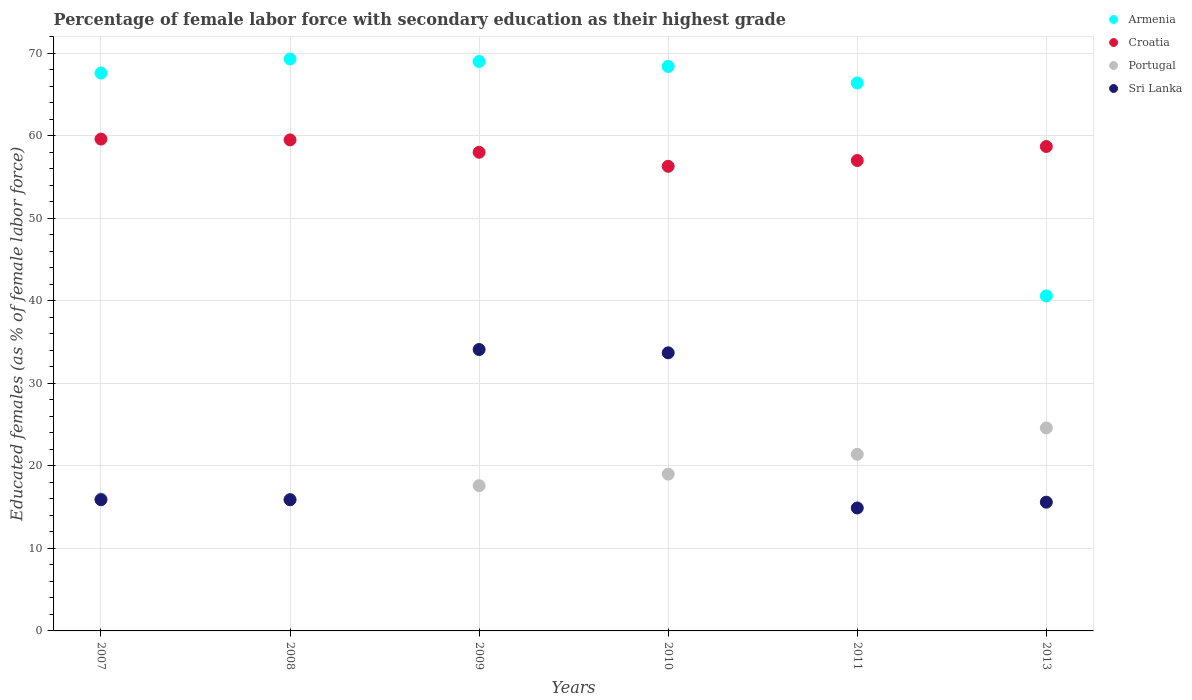
| Years | Armenia | Croatia | Portugal | Sri Lanka |
 | --- | --- | --- | --- | --- |
 | 2007 | 67.6 | 59.6 | 16 | 15.9 |
 | 2008 | 69.3 | 59.5 | 15.9 | 15.9 |
 | 2009 | 69 | 58 | 17.6 | 34.1 |
 | 2010 | 68.4 | 56.3 | 19 | 33.7 |
 | 2011 | 66.4 | 57 | 21.4 | 14.9 |
 | 2013 | 40.6 | 58.7 | 24.6 | 15.6 |